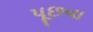
પૂછવા